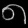
Digit: ၈